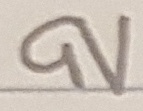
Text: 9V